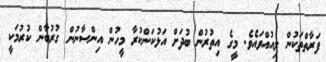
ފަރާތްތަކުން ލިއުއްވައެވެ. މީގެ އިތުރުން ބުދަށް އަޅުކަންކުރާ މީހުން އިންސާނުން ގުރުބާން ކުރުމަކީ